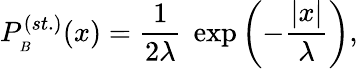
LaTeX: P_{_B}^{(st.)}(x)=\frac{1}{2\lambda}\ \exp{\left(-\frac{|x|}{\lambda}\right)},